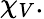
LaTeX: \chi_{V}.